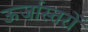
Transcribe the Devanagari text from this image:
ऊर्जास्तरों